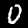
Label: 0